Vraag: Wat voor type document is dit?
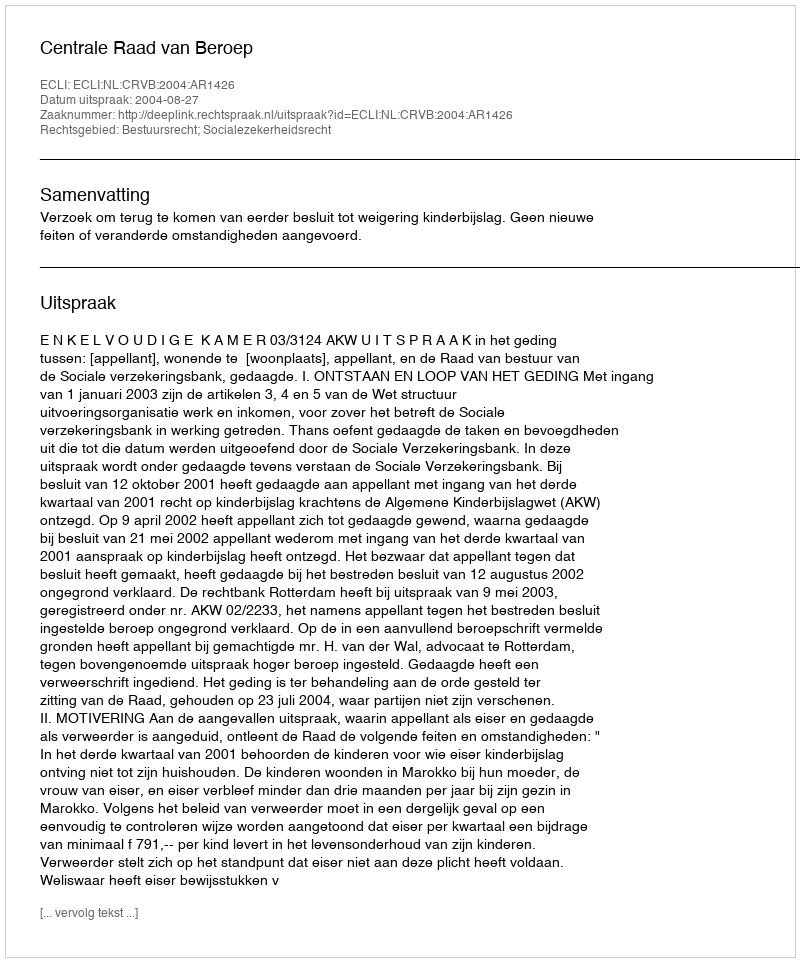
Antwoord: Uitspraak